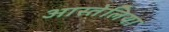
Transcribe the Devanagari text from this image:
आस्तेलिया